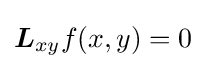
{\boldsymbol {L}}_{xy}f(x,y)=0